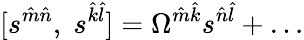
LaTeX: [s^{\hat{m}\hat{n}},\; s^{\hat{k}\hat{l}}]=\Omega^{\hat{m}\hat{k}}s^{\hat{n}\hat{l}}+\dots